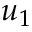
u _ { 1 }